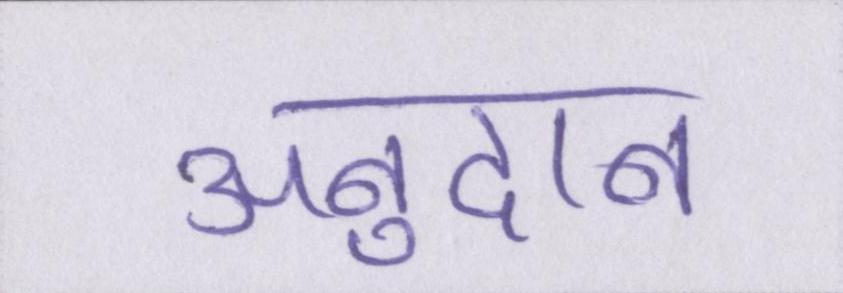
अनुदान